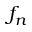
f _ { n }